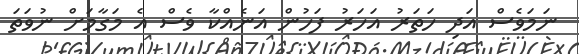
ނަމަވެސް އަދި ހަތަރު އަހަރު ފަހުން އަނެއްކާ ވެސް އެ މަގާމަށް ނުވަތަ